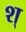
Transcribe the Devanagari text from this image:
श्‌